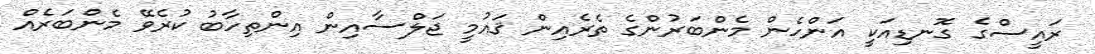
ރައީސްގެ ގޮނޑިއަކީ އަންހެން މެންބަރުންގެ ތެރެއިން ޤައުމީ ޖަލްސާއިން އިންތިހާބު ކުރެވޭ މެންބަރެއް